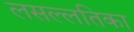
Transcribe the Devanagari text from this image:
लसल्लतिका